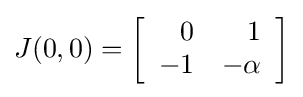
J(0,0)=\left[{\begin{array}{rr}0&1\\-1&-\alpha \end{array}}\right]